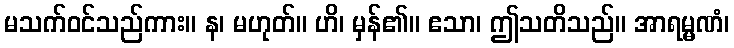
မသက်ဝင်သည်ကား။ န၊ မဟုတ်။ ဟိ၊ မှန်၏။ ဧသာ၊ ဤသတိသည်။ အာရမ္မဏံ၊